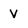
Character: V